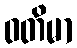
ဝတိမာ